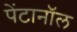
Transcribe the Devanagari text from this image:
पेंटानॉल